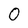
Character: 0